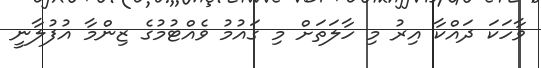
ވާހަކަ ދައްކާ އިރު މި ހާލަތަށް މި ގައުމު ވެއްޓުމުގެ ޒިންމާ އުފުލާނީ